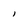
Character: I